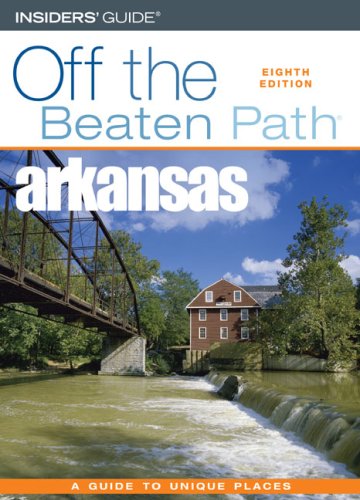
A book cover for Arkansas Off the Beaten Path, 8th (Off the Beaten Path Series); Patti DeLano; Travel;